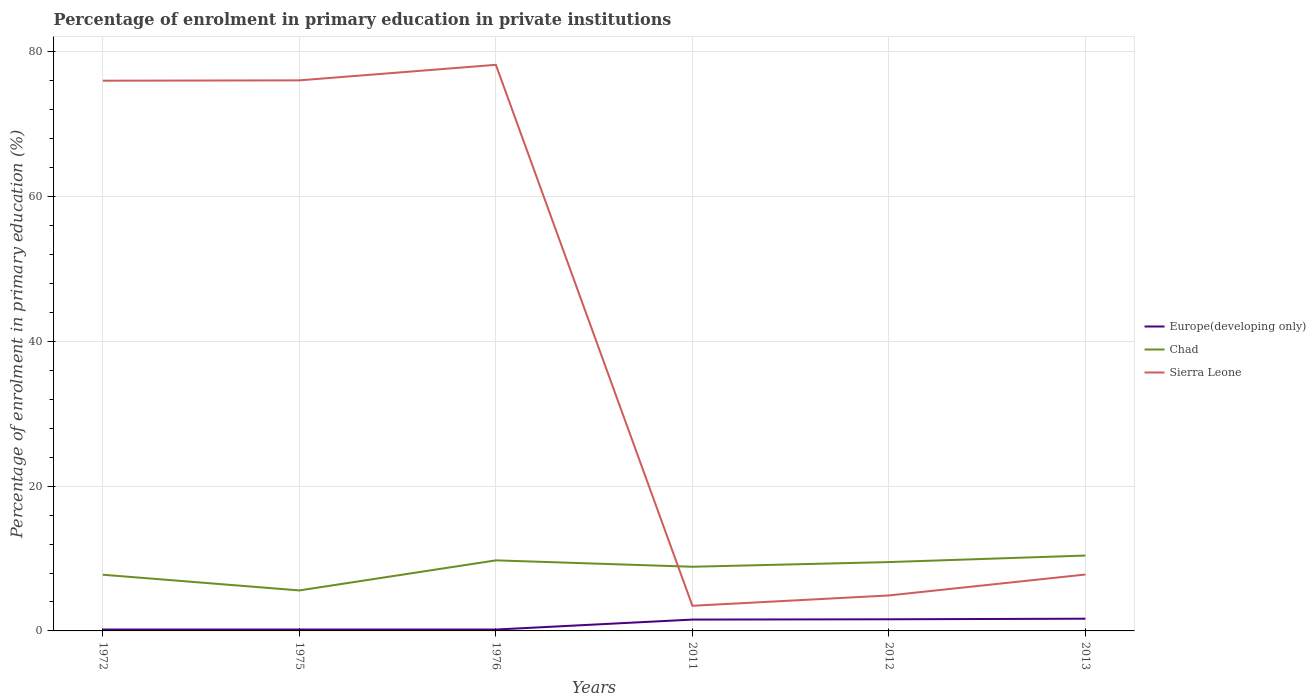
| Years | Europe(developing only) | Chad | Sierra Leone |
 | --- | --- | --- | --- |
 | 1972 | 0.194 | 7.76 | 76 |
 | 1975 | 0.194 | 5.59 | 76 |
 | 1976 | 0.189 | 9.75 | 78.2 |
 | 2011 | 1.57 | 8.86 | 3.47 |
 | 2012 | 1.61 | 9.51 | 4.9 |
 | 2013 | 1.69 | 10.4 | 7.79 |